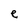
Character: e